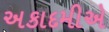
અકાદમીએ